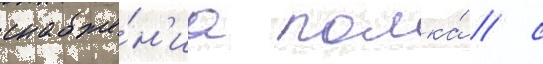
снабже́н'иа полка́ / с